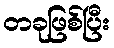
တခုဖြစ်ပြီး